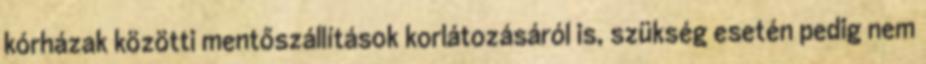
kórházak közötti mentőszállítások korlátozásáról is, szükség esetén pedig nem